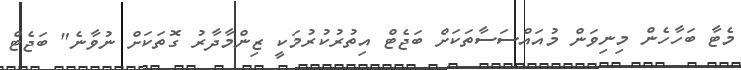
މެޓާ ބަހާހެން މިނިވަން މުއައްސަސާތަކަށް ބަޖެޓް އިތުރުކުރުމަކީ ޒިންމާދާރު ގޮތަކަށް ނުވާނެ" ބަޖެޓް